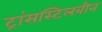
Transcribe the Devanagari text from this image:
ट्रांसस्टिलबीन